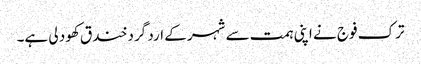
ترک فوج نے اپنی ہمت سے شہر کے ارد گرد خند ق کھود لی ہے۔